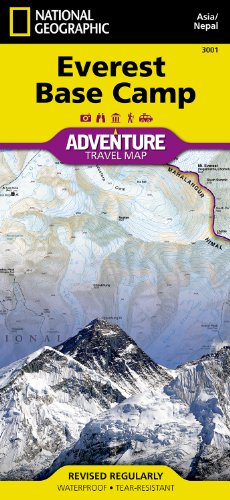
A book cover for Everest Base Camp [Nepal] (National Geographic Adventure Map); National Geographic Maps - Adventure; Travel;